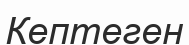
Кептеген